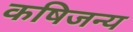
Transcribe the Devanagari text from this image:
कषिजन्य